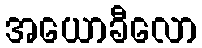
အယောခီလော